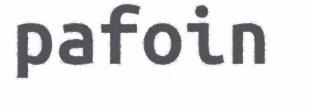
pafoin